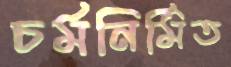
চর্মনির্মিত